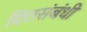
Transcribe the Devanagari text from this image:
वित्तसंबंधी